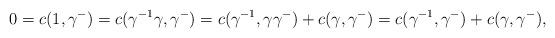
LaTeX: \begin{align*}0=c(1,\gamma^-)=c(\gamma^{-1}\gamma,\gamma^-)=c(\gamma^{-1},\gamma\gamma^-)+c(\gamma,\gamma^-)=c(\gamma^{-1},\gamma^-)+c(\gamma,\gamma^-),\end{align*}